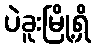
ပဲခူးမြို့ရှိ